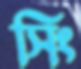
সিং